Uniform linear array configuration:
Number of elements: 4
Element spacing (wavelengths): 0.75
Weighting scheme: binomial
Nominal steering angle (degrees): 15
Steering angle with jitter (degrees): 14.516
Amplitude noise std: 0.05
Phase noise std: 0.05

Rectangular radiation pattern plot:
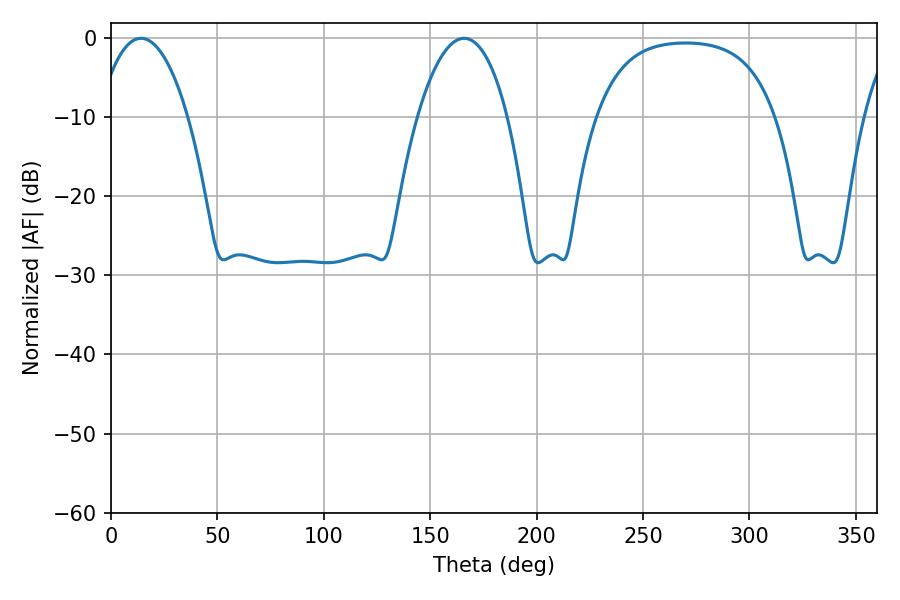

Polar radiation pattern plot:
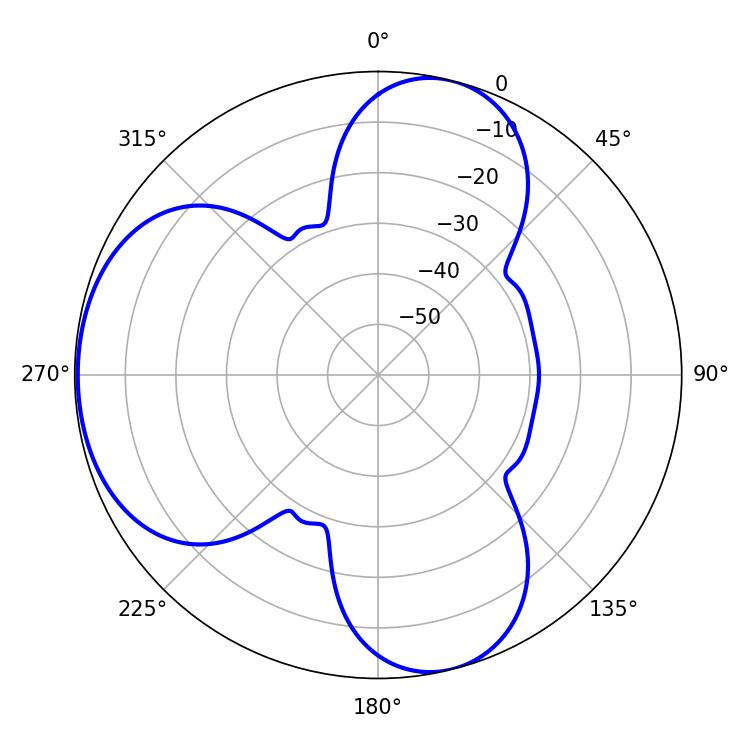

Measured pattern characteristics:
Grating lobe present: TRUE
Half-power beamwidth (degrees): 23.58
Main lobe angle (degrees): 14.04